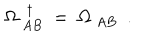
LaTeX: \Omega _ { ~ A B } ^ { ~ ~ \dagger } ~ = ~ \Omega _ { ~ A B } ~ ~ .